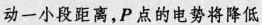
动一小段距离，P点的电势将降低